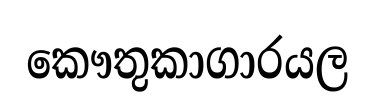
කෞතුකාගාරයල